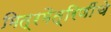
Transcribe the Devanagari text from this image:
मित्रमैत्रिणींचे